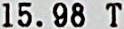
15.98 T